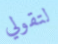
لتقولي